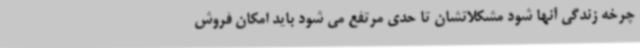
چرخه زندگی آنها شود مشکلاتشان تا حدی مرتفع می شود باید امکان فروش